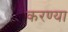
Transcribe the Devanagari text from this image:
करण्या